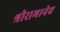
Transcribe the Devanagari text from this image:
श्रीरामानेच